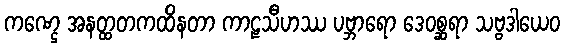
ကဏ္ဌေ အနတ္ထတကထိနတာ ကာဠသီဟဿ ပဗ္ဘာရော ဒေဝစ္ဆရာ သဗ္ဗဒါယေဝ